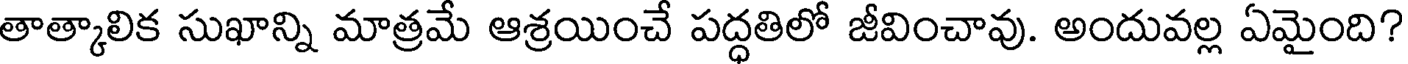
తాత్కాలిక సుఖాన్ని మాత్రమే ఆశ్రయించే పద్ధతిలో జీవించావు. అందువల్ల ఏమైంది?